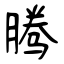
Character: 腾